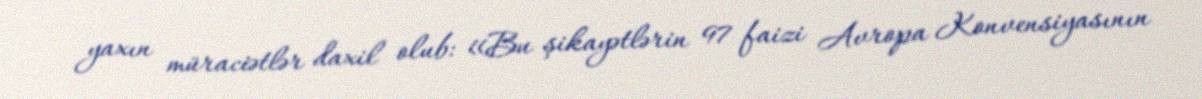
yaxın müraciətlər daxil olub: «Bu şikayətlərin 97 faizi Avropa Konvensiyasının